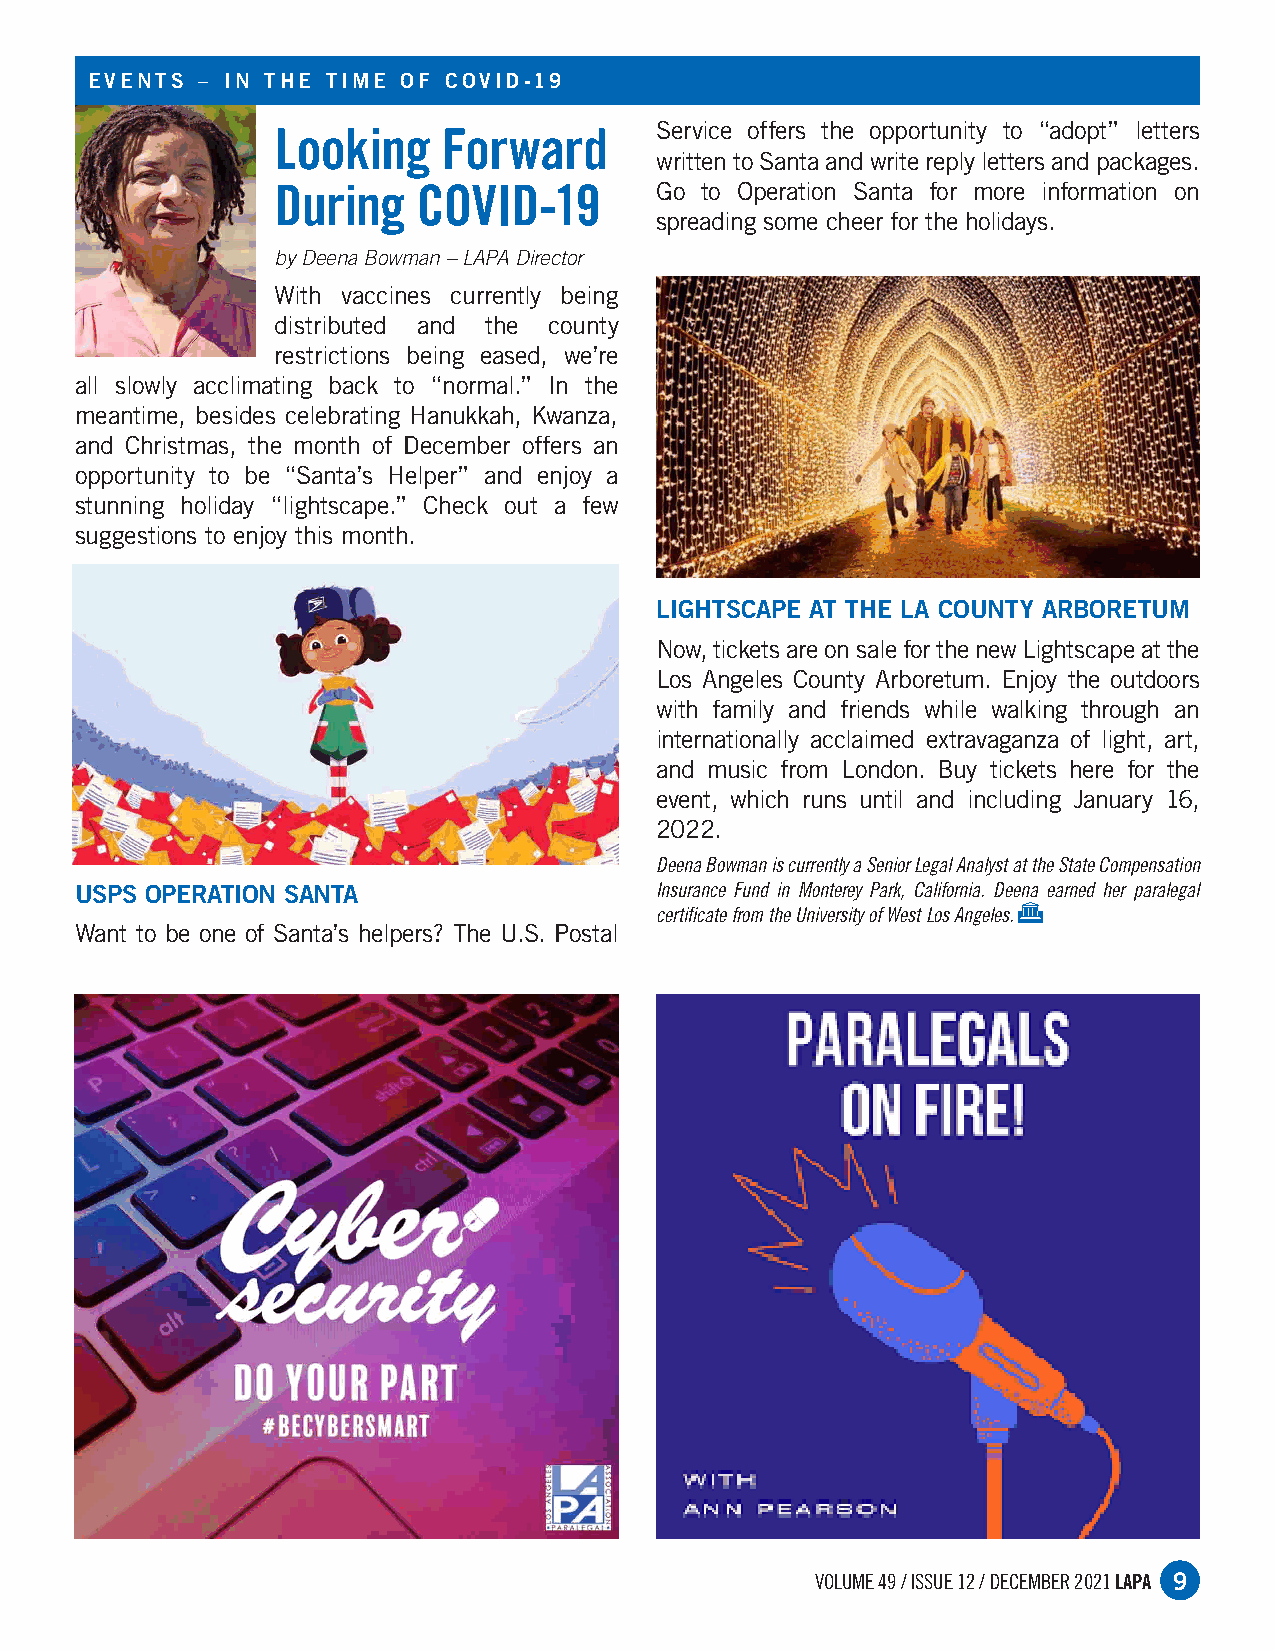
EVEnts – in t HE ti ME o F co Vid-19
 Looking    Forward       Service offers the opportunity to “adopt” letters
 written to Santa and write reply letters and packages.
 During    COVID-19       Go to Operation Santa for more information on
 spreading some cheer for the holidays.
 by Deena Bowman – LAPA Director
 With vaccines currently being
 distributed and the county
 restrictions being eased, we’re
 all slowly acclimating back to “normal.” In the
 meantime, besides celebrating Hanukkah, Kwanza,
 and Christmas, the month of December offers an
 opportunity to be “Santa’s Helper” and enjoy a
 stunning holiday “lightscape.” Check out a few
 suggestions to enjoy this month.
 liGHtscapE at tHE la coUnty aRBoREtUM
 Now, tickets are on sale for the new Lightscape at the
 Los Angeles County Arboretum. Enjoy the outdoors
 with family and friends while walking through an
 internationally acclaimed extravaganza of light, art,
 and music from London. Buy tickets here for the
 event, which runs until and including January 16,
 2022.
 Deena Bowman is currently a Senior Legal Analyst at the State Compensation
 Usps opERation santa                  Insurance Fund in Monterey Park, California. Deena earned her paralegal
 G
 certificate from the University of West Los Angeles.
 Want to be one of Santa’s helpers? The U.S. Postal
 VOLUME 49 / ISSUE 12 / DECEMBER 2021 LAPA 9